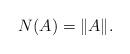
LaTeX: \begin{align*} N(A) = \|A\| .\end{align*}